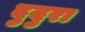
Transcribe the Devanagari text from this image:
दुदुरा